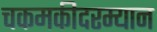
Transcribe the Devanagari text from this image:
चकमकीदरम्यान